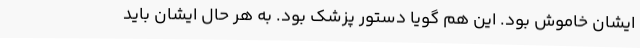
ایشان خاموش بود. این هم گویا دستور پزشک بود. به هر حال ایشان باید